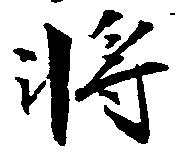
将